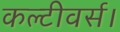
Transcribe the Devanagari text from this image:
कल्टीवर्स।